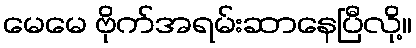
မေမေ ဗိုက်အရမ်းဆာနေပြီလို့။